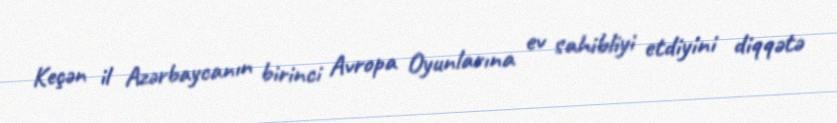
Keçən il Azərbaycanın birinci Avropa Oyunlarına ev sahibliyi etdiyini diqqətə